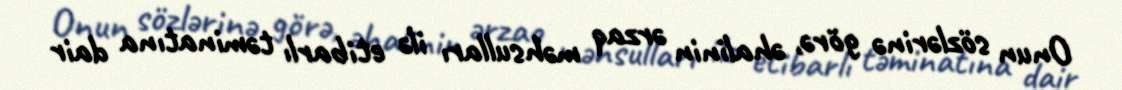
Onun sözlərinə görə, əhalinin ərzaq məhsulları ilə etibarlı təminatına dair